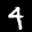
Label: 4